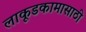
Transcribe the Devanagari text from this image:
लाकूडकामासाठी